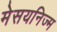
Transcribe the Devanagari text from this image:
मेसयनिज्म